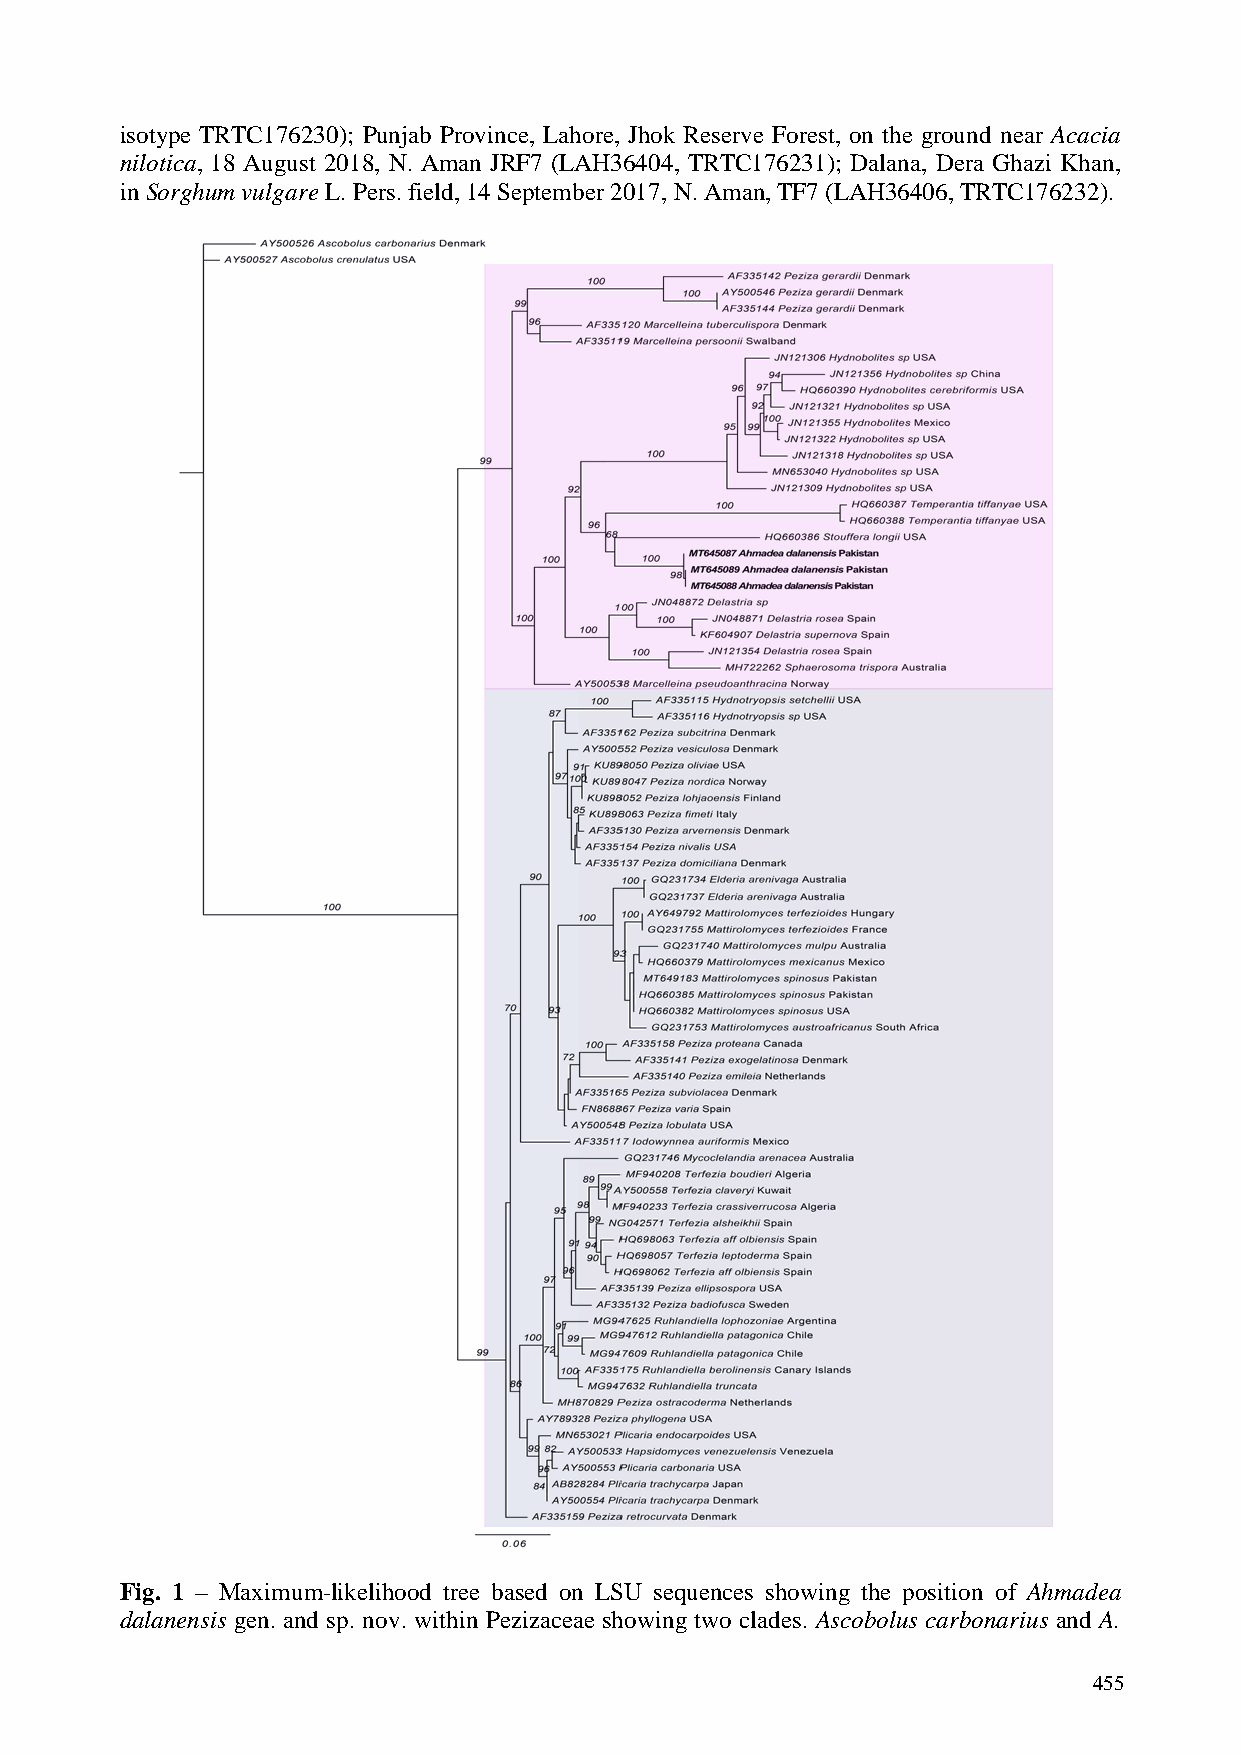
isotype TRTC176230); Punjab Province, Lahore, Jhok Reserve Forest, on the ground near Acacia
 nilotica, 18 August 2018, N. Aman JRF7 (LAH36404, TRTC176231); Dalana, Dera Ghazi Khan,
 in Sorghum vulgare L. Pers. field, 14 September 2017, N. Aman, TF7 (LAH36406, TRTC176232).
 Fig. 1 – Maximum-likelihood tree based on LSU sequences showing the position of Ahmadea
 dalanensis gen. and sp. nov. within Pezizaceae showing two clades. Ascobolus carbonarius and A.
 455